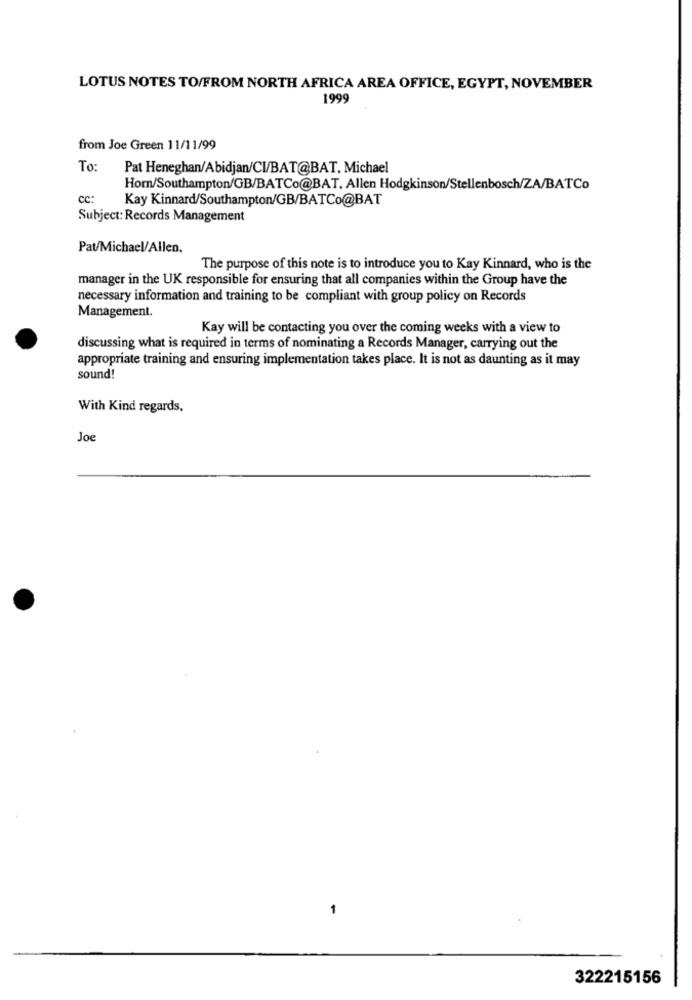
LOTUS NOTES TO/FROM NORTH AFRICA AREA OFFICE, EGYPT, NOVEMBER
1999
from Joe Green 11/11/99
To:
Pat Heneghan/Abidjan/CI/BAT@BAT, Michael
Horn/Southampton/GB/BATCo@BAT, Allen Hodgkinson/Stellenbosch/ZA/BATCo
cc:
Kay Kinnard/Southampton/GB/BATCo@BAT
Subject: Records Management
Pat/Michael/Allen,
The purpose of this note is to introduce you to Kay Kinnard, who is the
manager in the UK responsible for ensuring that all companies within the Group have the
necessary information and training to be compliant with group policy on Records
Management.
Kay will be contacting you over the coming weeks with a view to
discussing what is required in terms of nominating a Records Manager, carrying out the
appropriate training and ensuring implementation takes place. It is not as daunting as it may
sound!
With Kind regards,
Joe
-
322215156